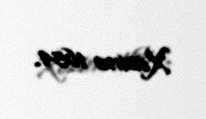
Xəzinə 1654.